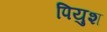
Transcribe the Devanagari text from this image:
पियुश